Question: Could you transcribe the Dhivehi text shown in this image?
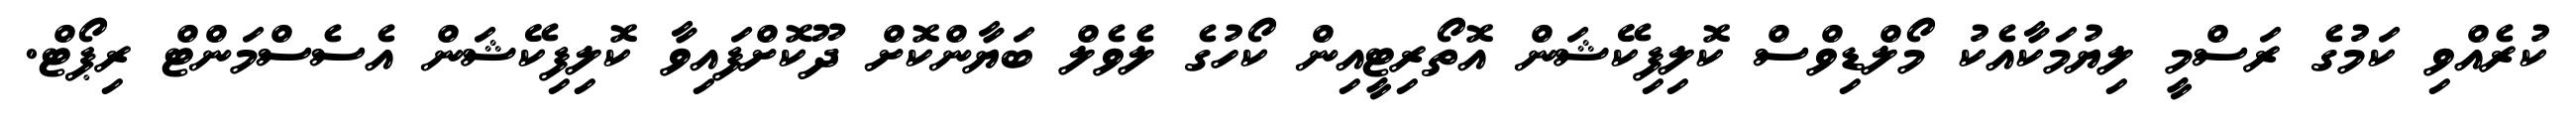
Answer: ކުރެއްވި ކަމުގެ ރަސްމީ ލިޔުމަކާއެކު މޯލްޑިވްސް ކޮލިފިކޭޝަން އޮތޯރިޓީއިން ކޯހުގެ ލެވެލް ބަޔާންކޮށް ދޫކޮށްފައިވާ ކޮލިފިކޭޝަން އެސެސްމަންޓް ރިޕޯޓް.